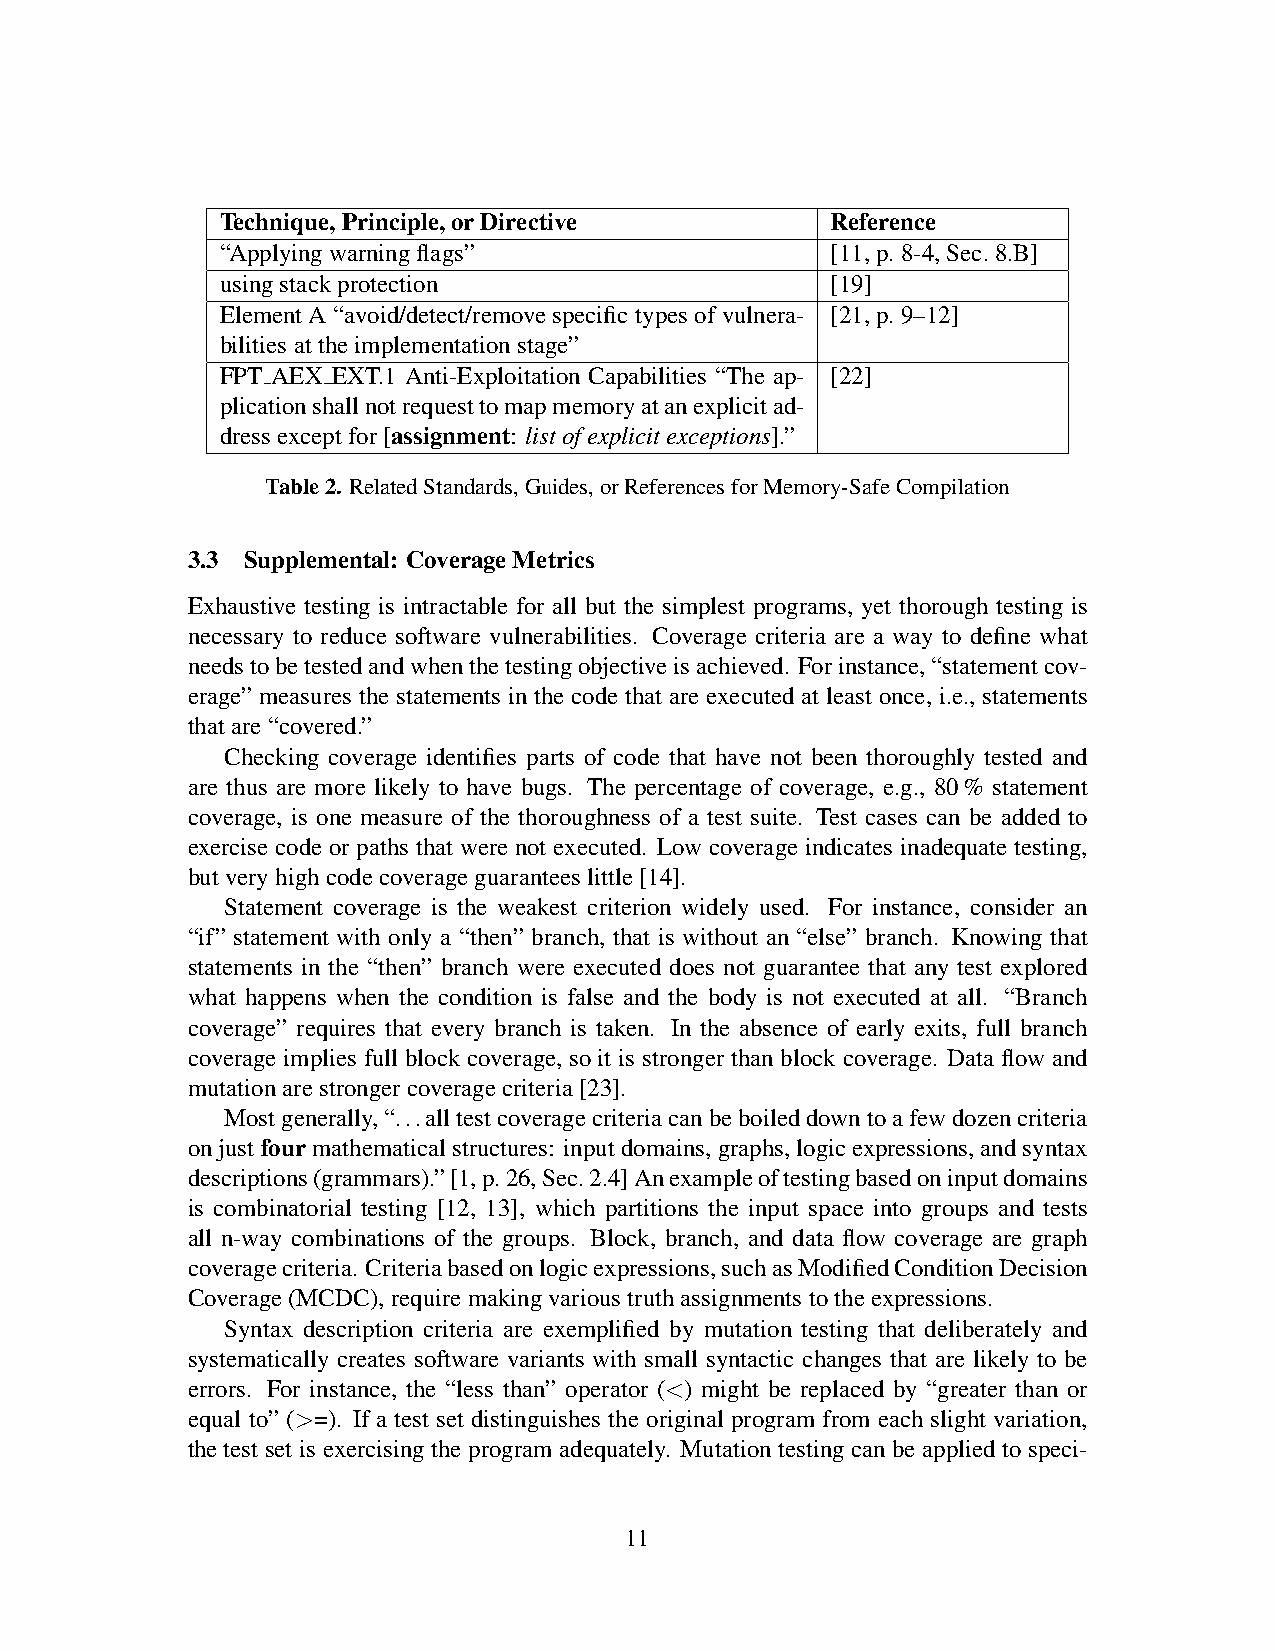
Technique, Principle, or Directive      Reference
 “Applying warning flags”                [11, p. 8-4, Sec. 8.B]
 using stack protection                  [19]
 Element A “avoid/detect/remove specific types of vulnera- [21, p. 9–12]
 bilities at the implementation stage”
 FPT AEX EXT.1 Anti-Exploitation Capabilities “The ap- [22]
 plication shall not request to map memory at an explicit ad-
 dress except for [assignment: list of explicit exceptions].”
 Table 2. Related Standards, Guides, or References for Memory-Safe Compilation
 3.3 Supplemental: Coverage Metrics
 Exhaustive testing is intractable for all but the simplest programs, yet thorough testing is
 necessary to reduce software vulnerabilities. Coverage criteria are a way to define what
 needs to be tested and when the testing objective is achieved. For instance, “statement cov-
 erage” measures the statements in the code that are executed at least once, i.e., statements
 that are “covered.”
 Checking coverage identifies parts of code that have not been thoroughly tested and
 are thus are more likely to have bugs. The percentage of coverage, e.g., 80 % statement
 coverage, is one measure of the thoroughness of a test suite. Test cases can be added to
 exercise code or paths that were not executed. Low coverage indicates inadequate testing,
 but very high code coverage guarantees little [14].
 Statement coverage is the weakest criterion widely used. For instance, consider an
 “if” statement with only a “then” branch, that is without an “else” branch. Knowing that
 statements in the “then” branch were executed does not guarantee that any test explored
 what happens when the condition is false and the body is not executed at all. “Branch
 coverage” requires that every branch is taken. In the absence of early exits, full branch
 coverage implies full block coverage, so it is stronger than block coverage. Data flow and
 mutation are stronger coverage criteria [23].
 Most generally, “. . . all test coverage criteria can be boiled down to a few dozen criteria
 on just four mathematical structures: input domains, graphs, logic expressions, and syntax
 descriptions (grammars).” [1, p. 26, Sec. 2.4] An example of testing based on input domains
 is combinatorial testing [12, 13], which partitions the input space into groups and tests
 all n-way combinations of the groups. Block, branch, and data flow coverage are graph
 coverage criteria. Criteria based on logic expressions, such as Modified Condition Decision
 Coverage (MCDC), require making various truth assignments to the expressions.
 Syntax description criteria are exemplified by mutation testing that deliberately and
 systematically creates software variants with small syntactic changes that are likely to be
 errors. For instance, the “less than” operator (<) might be replaced by “greater than or
 equal to” (>=). If a test set distinguishes the original program from each slight variation,
 the test set is exercising the program adequately. Mutation testing can be applied to speci-
 11